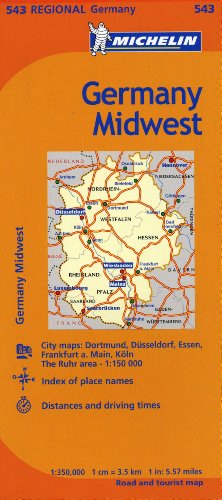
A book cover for Michelin Germany Midwest Map 543 (Maps/Regional (Michelin)); Michelin; Travel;